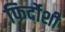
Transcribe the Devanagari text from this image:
फिर्दोशी